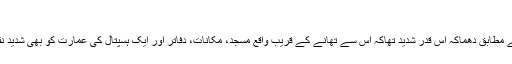
“
عینی شاہدین کے مطابق دھماکہ اس قدر شدید تھاکہ اس سے تھانے کے قریب واقع مسجد، مکانات، دفاتر اور ایک ہسپتال کی عمارت کو بھی شدید نقصان پہنچا ہے۔